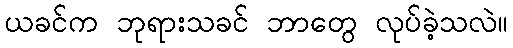
ယခင်က ဘုရားသခင် ဘာတွေ လုပ်ခဲ့သလဲ။